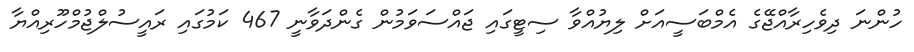
ހުންނަ ދިވެހިރާއްޖޭގެ އެމްބަސީއަށް ލިޔުއްވާ ސިޓީގައި ޖައްސަވަމުން ގެންދަވާނީ 467 ކަމުގައި ރައީސުލްޖުމްހޫރިއްޔާ